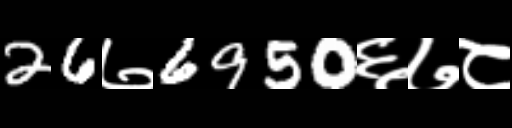
Text: 26७6950६७८